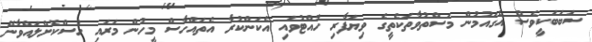
ސަބަބަކީވެސް އެގައުމުން މަސްތުވާތަކެތީގެ ވިޔަފާރި ހުއްޓުވައި އެކަންކުރާ އެތައްހާސް މީހުން މަރައި ހުސްކޮށްލައްވާނޭ